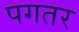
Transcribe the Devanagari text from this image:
पगतर